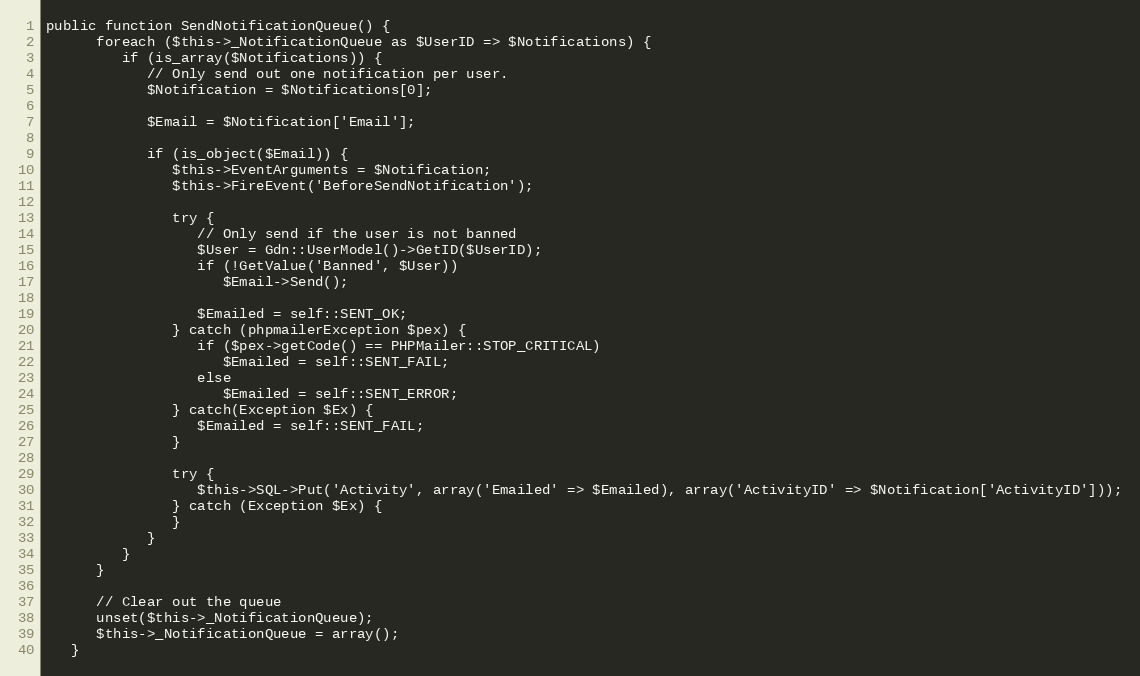
Language: PHP
public function SendNotificationQueue() {
      foreach ($this->_NotificationQueue as $UserID => $Notifications) {
         if (is_array($Notifications)) {
            // Only send out one notification per user.
            $Notification = $Notifications[0];

            $Email = $Notification['Email'];

            if (is_object($Email)) {
               $this->EventArguments = $Notification;
               $this->FireEvent('BeforeSendNotification');

               try {
                  // Only send if the user is not banned
                  $User = Gdn::UserModel()->GetID($UserID);
                  if (!GetValue('Banned', $User))
                     $Email->Send();

                  $Emailed = self::SENT_OK;
               } catch (phpmailerException $pex) {
                  if ($pex->getCode() == PHPMailer::STOP_CRITICAL)
                     $Emailed = self::SENT_FAIL;
                  else
                     $Emailed = self::SENT_ERROR;
               } catch(Exception $Ex) {
                  $Emailed = self::SENT_FAIL;
               }

               try {
                  $this->SQL->Put('Activity', array('Emailed' => $Emailed), array('ActivityID' => $Notification['ActivityID']));
               } catch (Exception $Ex) {
               }
            }
         }
      }

      // Clear out the queue
      unset($this->_NotificationQueue);
      $this->_NotificationQueue = array();
   }